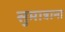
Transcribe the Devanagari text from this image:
सुमात्राना